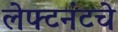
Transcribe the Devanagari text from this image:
लेफ्टनंटचे